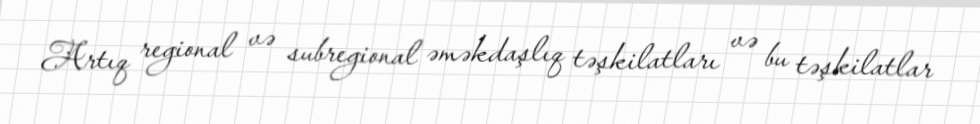
Artıq regional və subregional əməkdaşlıq təşkilatları və bu təşkilatlar